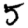
Digit: 5